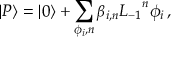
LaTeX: | P \rangle = | 0 \rangle + \sum _ { \phi _ { i } , n } \beta _ { i , n } { L _ { - 1 } } ^ { n } \phi _ { i } \, ,